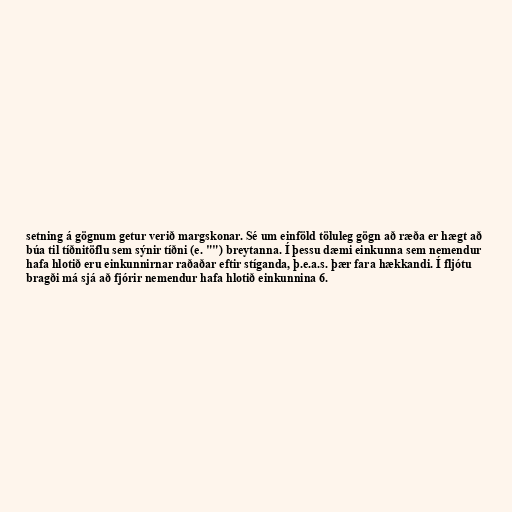
setning á gögnum getur verið margskonar. Sé um einföld töluleg gögn að ræða er hægt að
búa til tíðnitöflu sem sýnir tíðni (e. "") breytanna. Í þessu dæmi einkunna sem nemendur
hafa hlotið eru einkunnirnar raðaðar eftir stíganda, þ.e.a.s. þær fara hækkandi. Í fljótu
bragði má sjá að fjórir nemendur hafa hlotið einkunnina 6.